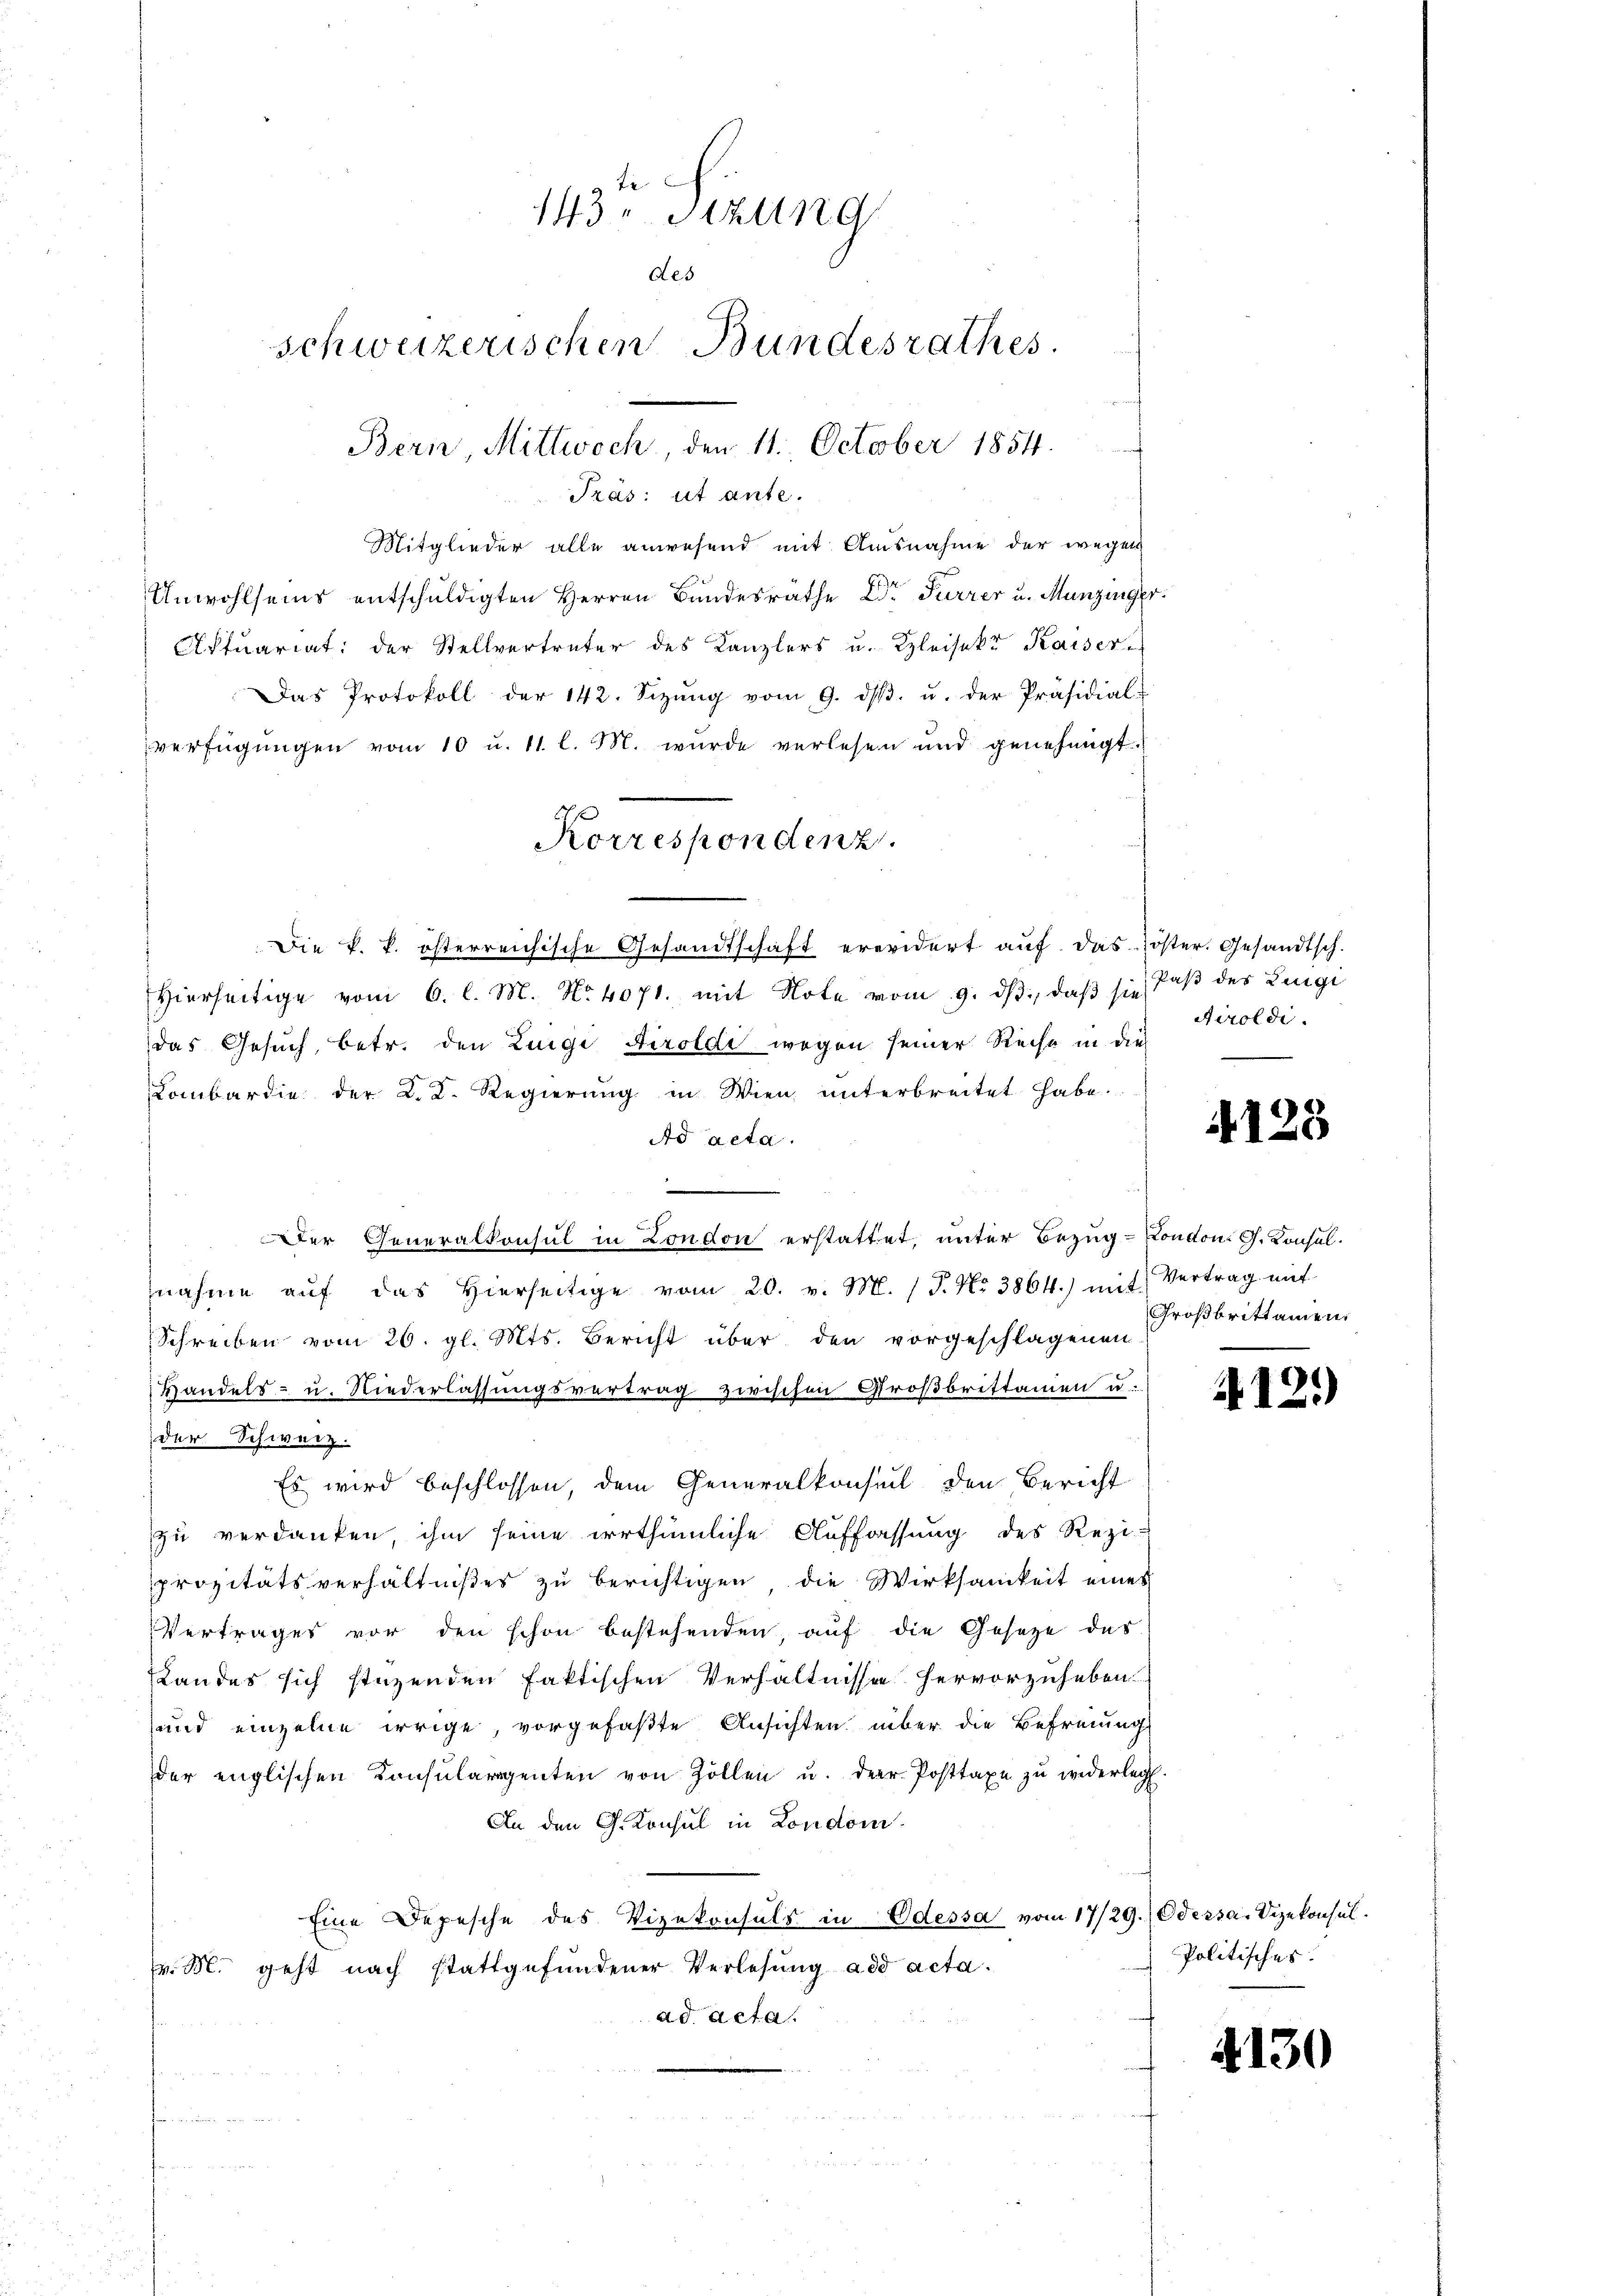
143 Sizung
des
schweizerischen Bundesrathes.
Bern Mittwoch, den 11. October 1854.

Tras: ut ante.
Mitglieder alle anwesend mit Ausnahme der wegen
Unwohlseins entschuldigten Herren Bundesrathe Dr Furrer u. Munzinger
Aktuariat der Stellvertreter des Kanzlers u. Kleisek. Kaiser
Das Protokoll der 142. Seizŭng vom 9. dβ. u. der Präsidial-
verfügungen vom 10 u. 11. l. M. wurde verlesen und genehmigt.
Hierseitige vom 6. l. M. No 4071. mit Note vom 9. ds., daß sie daß der Lingi
das Gesuch, betr. den Luigi Airoldi wegen seiner Recht in die
Combardie der L. K. Regierŭng in Wien ŭnterbreitet habe.
Ad acta.
Der Generalkonsul in London erstattet, unter Bezug-London. G. Konsulnahme aŭf das hierseitige vom 20. v. M. / P. Nr. 3864) mit Vertrag mit
Schreiben vom 26. gl. Mts. Bericht über den vorgeschlagenen
Handels- u. Niederlassungsvertrag zwischen Großbristamen u.
der Schweiz.
Es wird beschlossen, dem Generalkonseil den Bericht
zu verdanken, ihm seine irrthümliche Auffassung des Rezi
prozitätsverhältnißes zu berichtigen die Wirksamkeit eines
Vertrages vor den schon bestehenden, auf die Gesetze des
Landes sich stüzenden faktischen Verhältnissen hervorzuheben.
und einzelne irrige, vorgefaßte Ansichten über die Befreiung
der englischen Konsulargenten von Zollen u. der Posttaxe zu widerlegt.
An den G. Konsul in London.
Eine Depesche des Vizekonsuls in Odessa vom 17/29. Odessa. Vizekonsulv. M. geht nach stattgefundener Verlesung ad acta.
ad Acta.

Korrespondenz.
Die k. k. österreichische Gesandtschaft erwidert aŭf das öster. Gesandtsch.

Airoldi

128

Großbrittamen.

A121)

Politisches.

4130